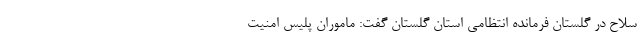
سلاح در گلستان فرمانده انتظامی استان گلستان گفت: ماموران پلیس امنیت